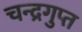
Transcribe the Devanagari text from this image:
चन्द्रगुप्त